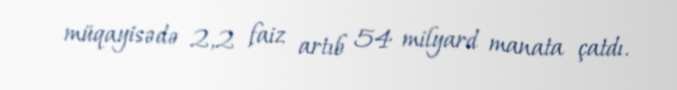
müqayisədə 2,2 faiz artıb 54 milyard manata çatdı.